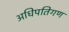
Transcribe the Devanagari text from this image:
अधिपतिगण